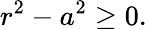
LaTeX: r^{2}-a^{2}\geq 0.